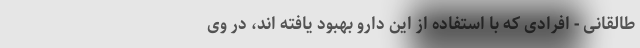
طالقانی - افرادی که با استفاده از این دارو بهبود یافته اند، در وی